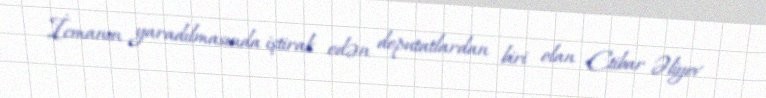
İcmanın yaradılmasında iştirak edən deputatlardan biri olan Etibar Əliyev